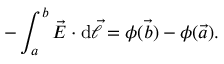
- \int _ { a } ^ { b } { { \vec { E } } \cdot \mathrm { d } { \vec { \ell } } } = \phi ( { \vec { b } } ) - \phi ( { \vec { a } } ) .